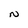
Character: N